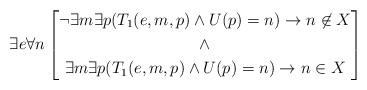
LaTeX: \begin{align*}\exists e \forall n \left[\begin{gathered}\neg\exists m\exists p (T_1(e,m,p) \wedge U(p)=n) \rightarrow n \not\in X\\\wedge\\\exists m\exists p (T_1(e,m,p) \wedge U(p)=n)\rightarrow n \in X\end{gathered}\right]\end{align*}